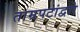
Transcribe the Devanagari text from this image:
ताम्रपटांद्वारे